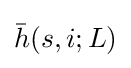
{\bar {h}}(s,i;L)